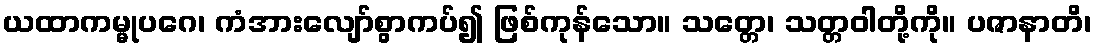
ယထာကမ္မုပဂေ၊ ကံအားလျော်စွာကပ်၍ ဖြစ်ကုန်သော။ သတ္တေ၊ သတ္တဝါတို့ကို။ ပဇာနာတိ၊